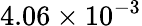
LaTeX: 4.06\times 10^{-3}